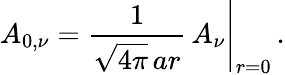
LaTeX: A_{0,\nu}=\left.\frac{1}{\sqrt{4\pi}\, ar}\, A_{\nu}\right|_{r=0}\, .